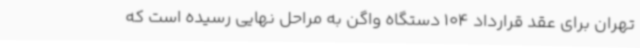
تهران برای عقد قرارداد 104 دستگاه واگن به مراحل نهایی رسیده است که